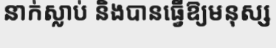
នាក់ស្លាប់ និងបានធ្វើឱ្យមនុស្ស